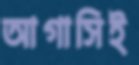
আগাসিই